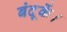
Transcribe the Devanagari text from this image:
बंदूकें।